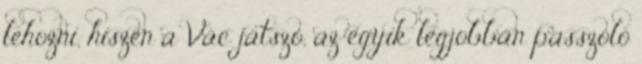
lehozni, hiszen a Vác játszó, az egyik legjobban passzoló